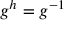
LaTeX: g ^ { h } = g ^ { - 1 }